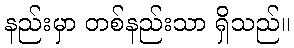
နည်းမှာ တစ်နည်းသာ ရှိသည်။